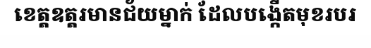
ខេត្តឧត្តរមានជ័យម្នាក់ ដែលបង្កើតមុខរបរ